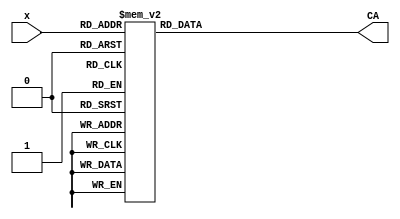
module HexDecoder(
    input [3:0] x,
    output reg[6:0] CA = 0
    );
    
    always @(x) begin
    case(x)
    0:  CA <= 7'b0000001;
    1:  CA <= 7'b1001111;
    2:  CA <= 7'b0010010;
    3:  CA <= 7'b0000110;
    4:  CA <= 7'b1001100;
    5:  CA <= 7'b0100100;
    6:  CA <= 7'b0100000;
    7:  CA <= 7'b0001111;
    8:  CA <= 7'b0000000;
    9:  CA <= 7'b0000100;
    10: CA <= 7'b0001000;
    11: CA <= 7'b1100000;
    12: CA <= 7'b0110001;
    13: CA <= 7'b1000010;
    14: CA <= 7'b0110000;
    15: CA <= 7'b0111000;
    endcase
    
    end
endmodule